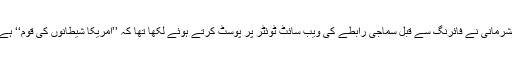
الشرمانی نے فائرنگ سے قبل سماجی رابطے کی ویب سائٹ ٹوئٹر پر پوسٹ کرتے ہوئے لکھا تھا کہ ’’امریکا شیطانوں کی قوم‘‘ ہے۔